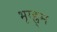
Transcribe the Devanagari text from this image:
भृग्ह्र्म